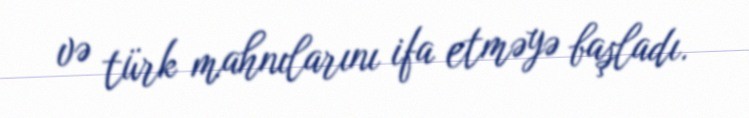
və türk mahnılarını ifa etməyə başladı.